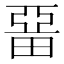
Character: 𤲢